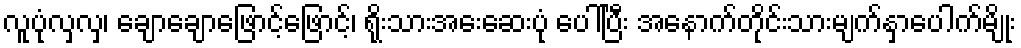
လူပုံလှလှ၊ ချောချောဖြောင့်ဖြောင့်၊ ရိုးသားအေးဆေးပုံ ပေါ်ပြီး အနောက်တိုင်းသားမျက်နှာပေါက်မျိုး